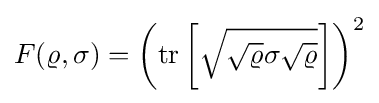
F(\varrho ,\sigma )=\left(\mathrm {tr} \left[{\sqrt {{\sqrt {\varrho }}\sigma {\sqrt {\varrho }}}}\right]\right)^{2}